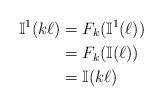
LaTeX: \begin{align*}\mathbb{I}^1(k\ell) &= F_k(\mathbb{I}^1(\ell)) \\&= F_k(\mathbb{I}(\ell)) \\&= \mathbb{I}(k\ell)\end{align*}